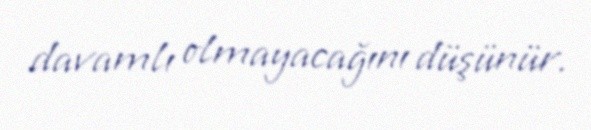
davamlı olmayacağını düşünür.